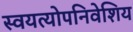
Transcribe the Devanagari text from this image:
स्वयत्योपनिवेशिय